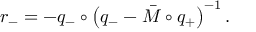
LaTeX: r _ { - } = - q _ { - } \circ \left( q _ { - } - \bar { M } \circ q _ { + } \right) ^ { - 1 } .